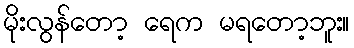
မိုးလွန်တော့ ရေက မရတော့ဘူး။